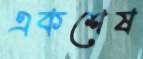
একশেষ